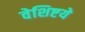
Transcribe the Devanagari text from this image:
वेशिष्टये